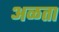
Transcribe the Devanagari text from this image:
अळता